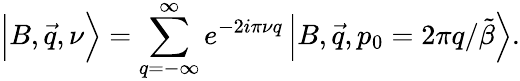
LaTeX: \Big\vert B,\vec{q},\nu\Big\rangle=\sum_{q=-\infty}^{\infty}e^{-2i\pi\nu q}\, \Big\vert B,\vec{q},p_{0}=2\pi q/\tilde{\beta}\Big\rangle.